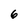
Character: 6